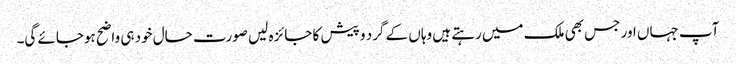
آپ جہاں اور جس بھی ملک میں رہتے ہیں وہاں کے گرد و پیش کا جائزہ لیں صورت حال خود ہی واضح ہوجائے گی۔